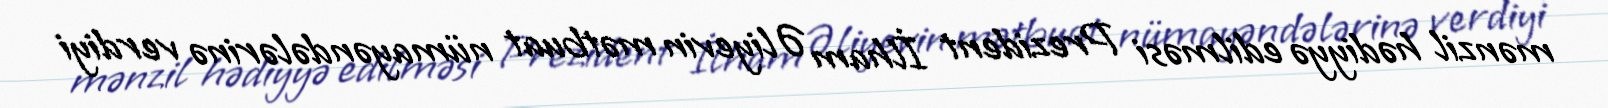
mənzil hədiyyə edilməsi Prezident İlham Əliyevin mətbuat nümayəndələrinə verdiyi